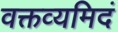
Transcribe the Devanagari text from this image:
वक्तव्यमिदं